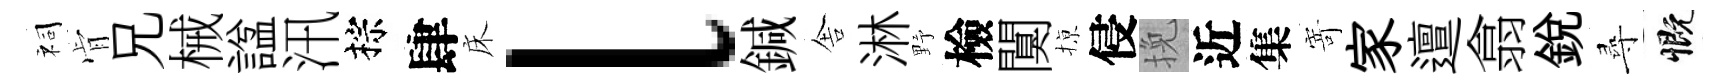
祠肻兄械諡汛棕肆床l鍼舎淋野檢闃𢱊侵挽近集𭔃家邅翕銳尋慨